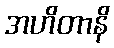
အဟိတာနိ